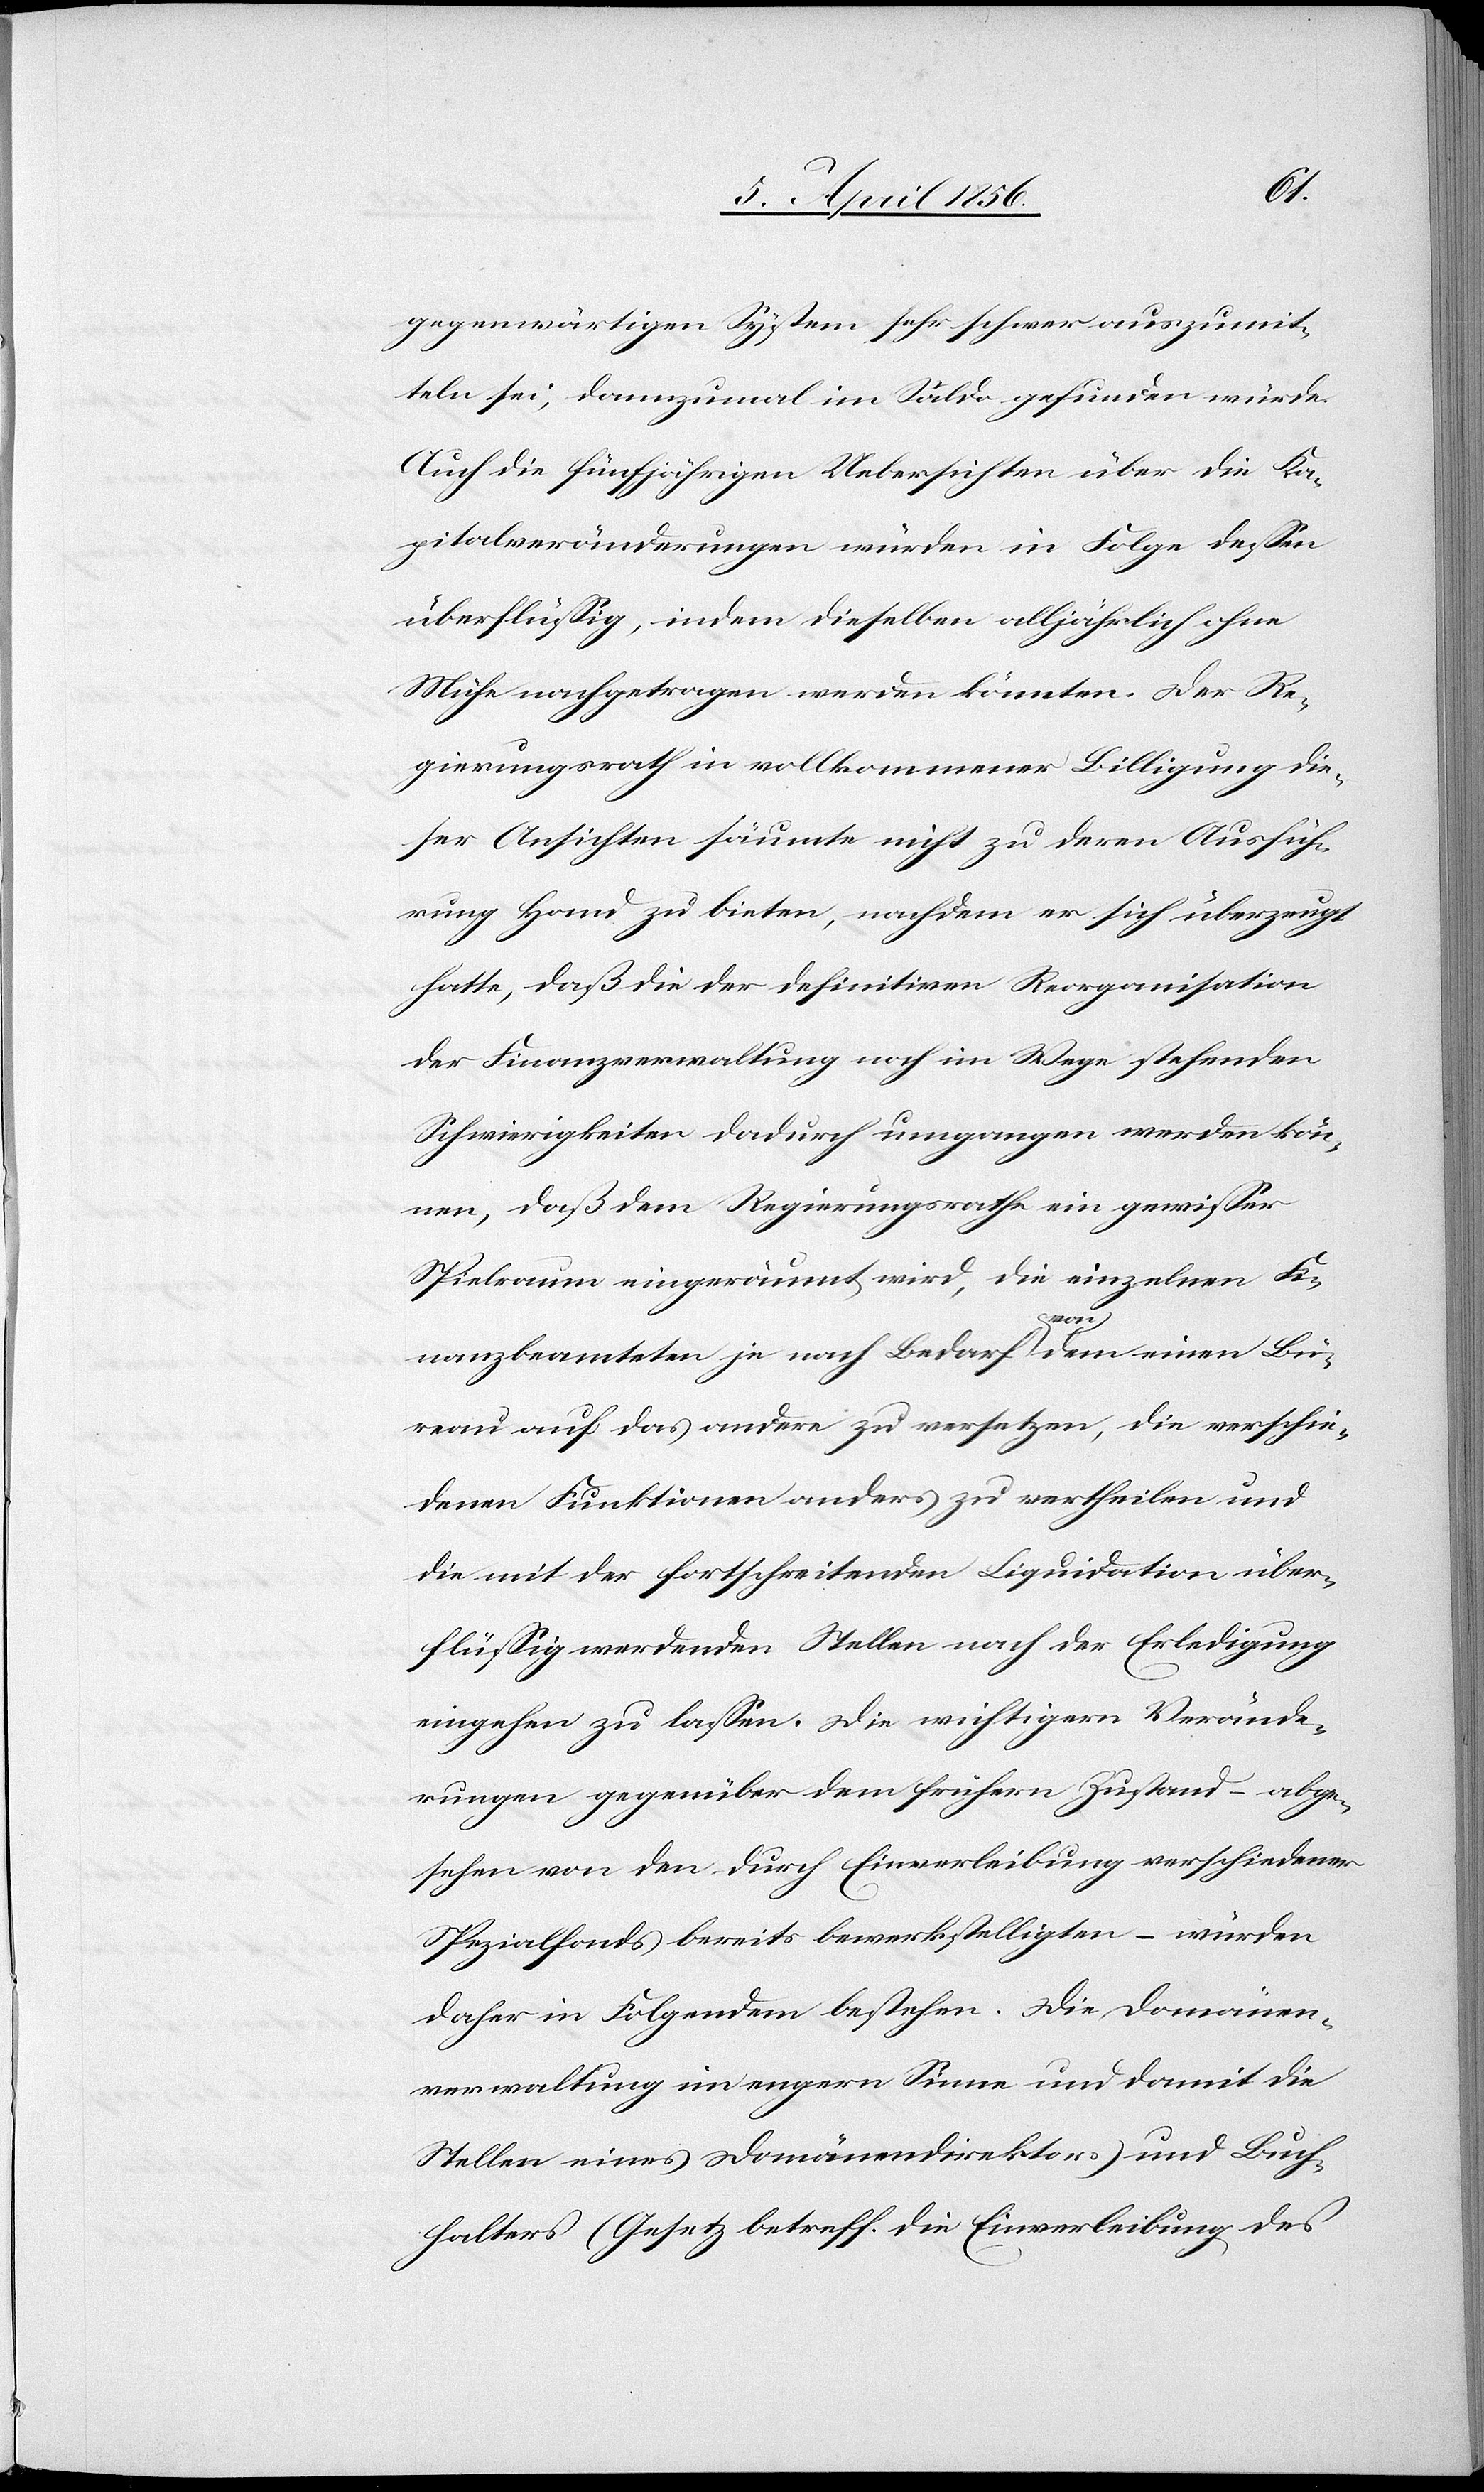
gegenwärtigen System sehr schwer auszumit¬
teln sei, dannzumal im Saldo gefunden würde.
Auch die fünfjährigen Uebersichten über die Ka¬
pitalveränderungen würden in Folge dessen
überflüssig, indem dieselben alljährlich ohne
Mühe nachgetragen werden könnten. Der Re¬
gierungsrath in vollkommener Billigung die¬
ser Ansichten säumte nicht zu deren Ausfüh¬
rung Hand zu bieten, nachdem er sich überzeugt
hatte, daß die der definitiven Reorganisation
der Finanzverwaltung noch im Wege stehenden
Schwierigkeiten dadurch umgangen werden kön¬
nen, daß dem Regierungsrathe ein gewisser
Spielraum eingeräumt wird, die einzelnen Fi¬
nanzbeamteten je nach Bedarf a-von-a dem einen Bü¬
reau auf das andere zu versetzen, die verschie¬
denen Funktionen anders zu vertheilen und
die mit der fortschreitenden Liquidation über¬
flüssig werdenden Stellen nach der Erledigung
eingehen zu lassen. Die wichtigern Verände¬
rungen gegenüber dem frühern Zustand – abge¬
sehen von den durch Einverleibung verschiedener
Spezialfonds bereits bewerkstelligten – würden
daher in Folgendem bestehen. Die Domänen¬
verwaltung im engern Sinne und damit die
Stellen eines Domänendirektors und Buch¬
halters (Gesetz betreff. die Einverleibung des